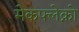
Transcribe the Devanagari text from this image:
मेकफ्लेक्नो